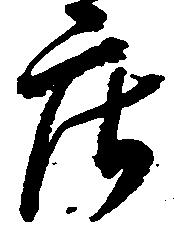
庄